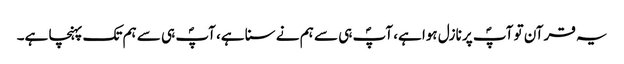
یہ قرآن تو آپؐ پر نازل ہوا ہے، آپؐ ہی سے ہم نے سنا ہے، آپؐ ہی سے ہم تک پہنچا ہے۔